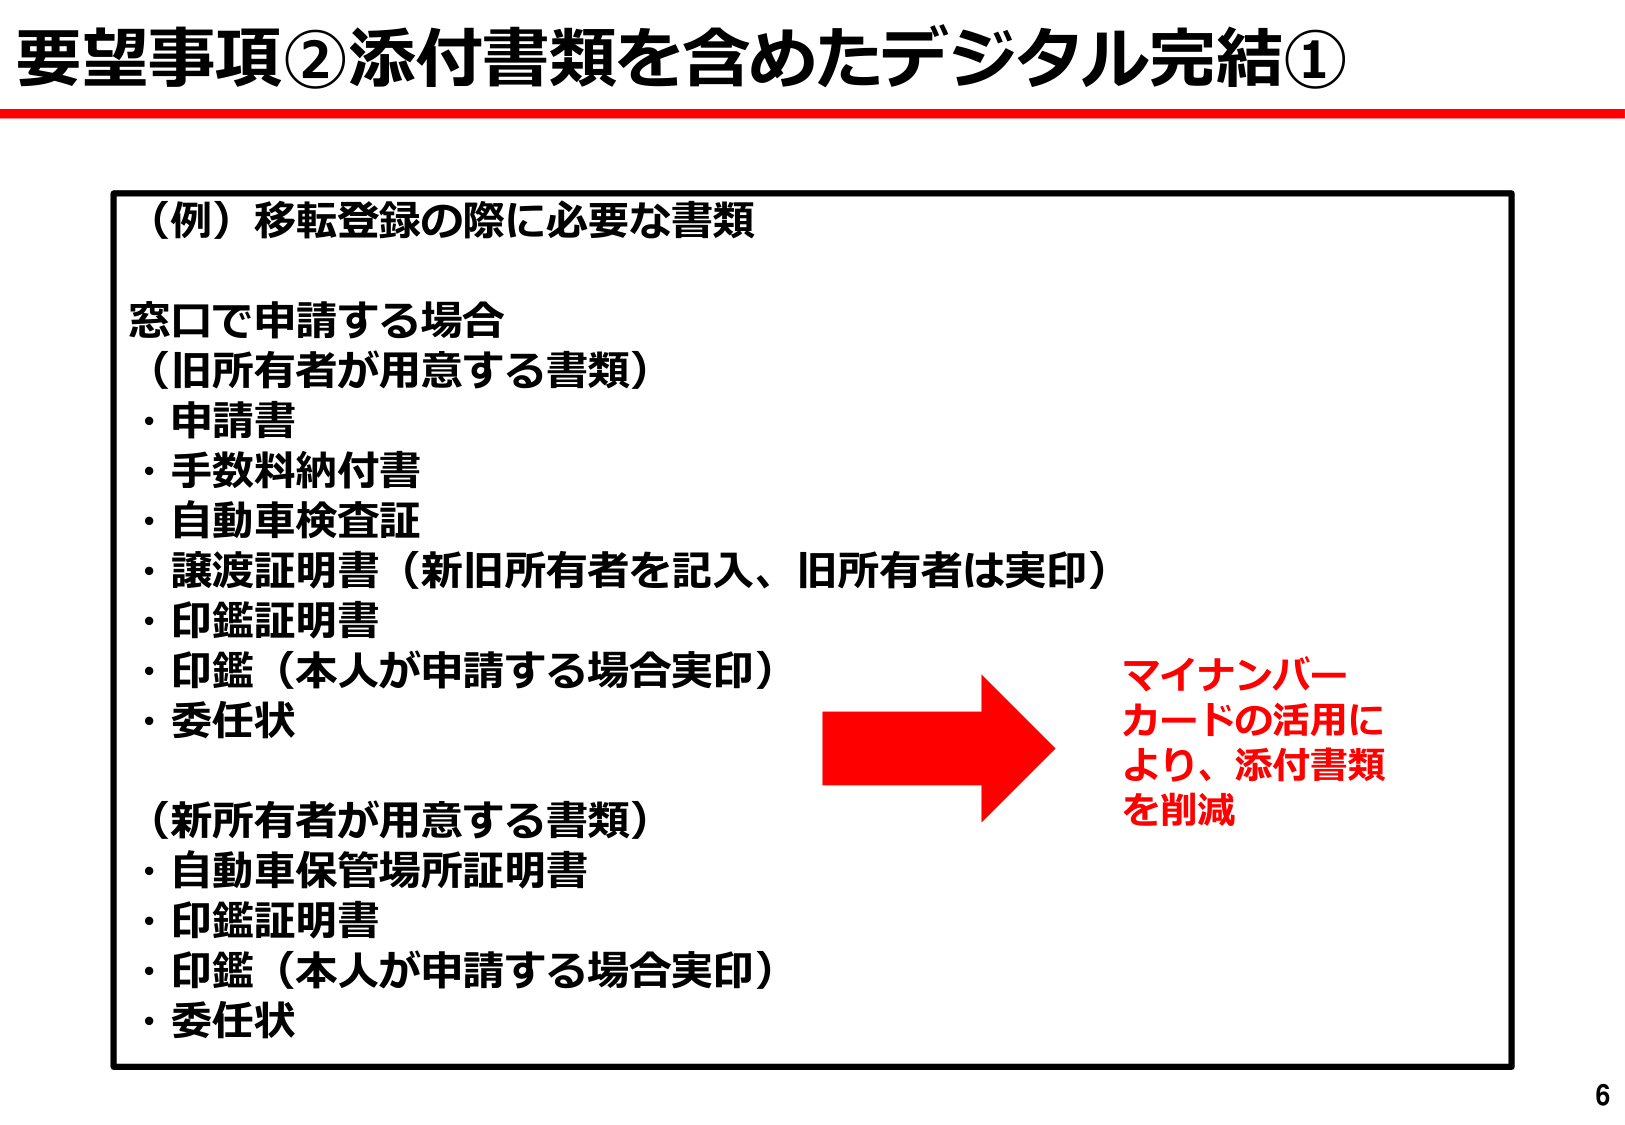
要望事項②添付書類を含めたデジタル完結①

（例）移転登録の際に必要な書類

窓口で申請する場合
（旧所有者が用意する書類）
・申請書
・手数料納付書
・自動車検査証
・譲渡証明書（新旧所有者を記入、旧所有者は実印）
・印鑑証明書
・印鑑（本人が申請する場合実印）
・委任状

（新所有者が用意する書類）
・自動車保管場所証明書
・印鑑証明書
・印鑑（本人が申請する場合実印）
・委任状

→ マイナンバー
カードの活用に
より、添付書類
を削減

6